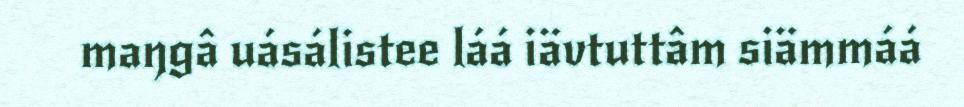
maŋgâ uásálistee láá iävtuttâm siämmáá